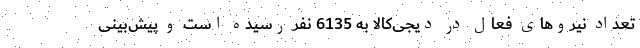
تعداد نیروهای فعال در دیجی‌کالا به 6135 نفر رسیده است و پیش‌بینی